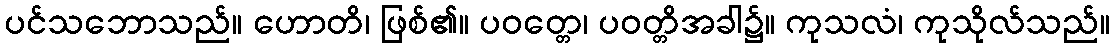
ပင်သဘောသည်။ ဟောတိ၊ ဖြစ်၏။ ပဝတ္တေ၊ ပဝတ္တိအခါ၌။ ကုသလံ၊ ကုသိုလ်သည်။